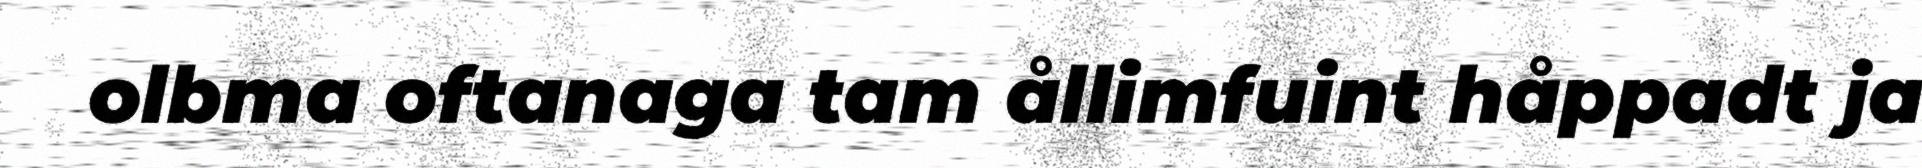
olbma oftanaga tam ållimfuint håppadt ja